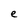
Character: e